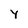
Character: Y